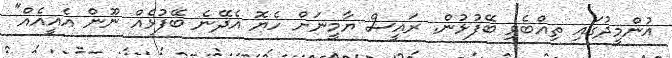
އުންމީދުގައި ތިއްބެވި ބޭފުޅުން. ރައީސް ޔާމީނަށް ހެޔޮ އެދޭނެ ބޭފުޅެއް ނޫން އެއީއެއް"